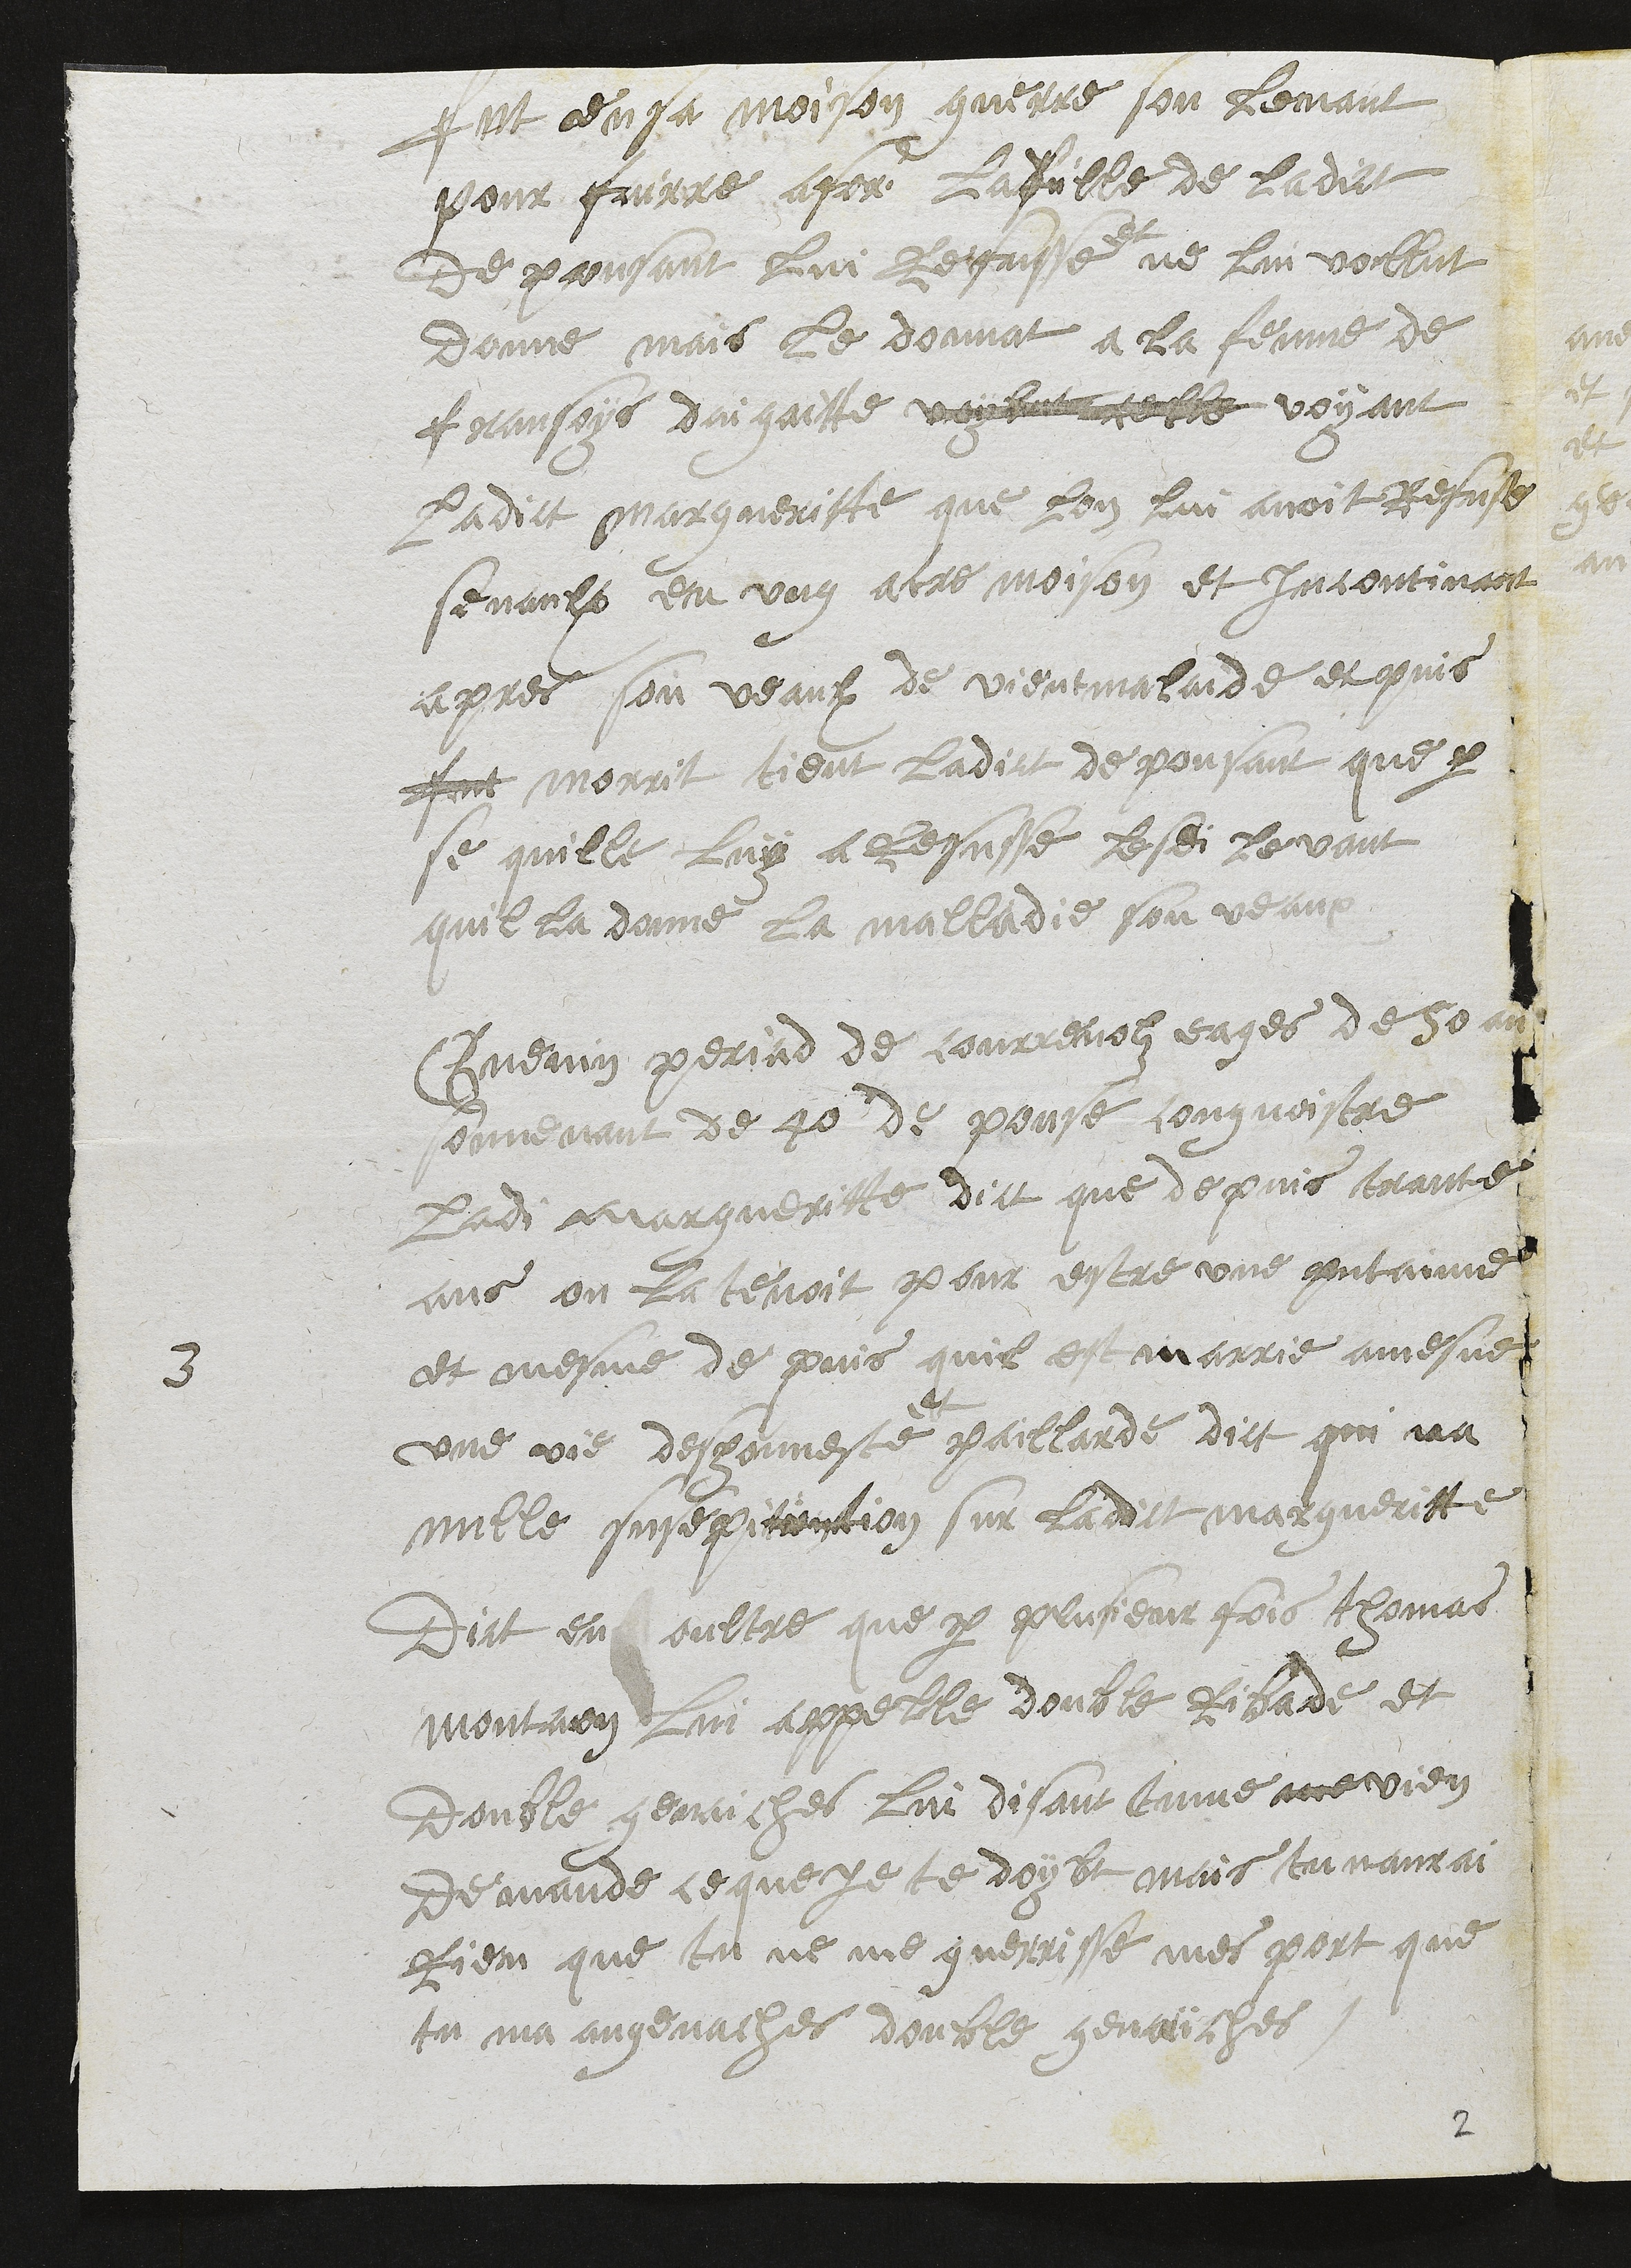
fut en sa moison querre son lemant
pour fairre afer la fille de ladict
depousant lui refusse
et
ne lui vollut
donne mais le donnat a la femme de
fransoys dai gaitte voylut telle voyant
Ladict margueritte que lon lui avoit refuse
se vaulx en ung atre moison et incontinant
apres son veaulx de vient malaide et puis
fut morrit tient ladict depousant que par
se quille luy a lefusse lesdi levant
quil la donne la malladie son veaux
3
Guenin periad de Courrenolz eages de 50 ans
souvenant de 40 de pouse congnoistre
Ladite margueritte dict que depuis trante
ans on la tenoit pour estre une putainne
et mesme de puis quil est marrie a mesne
une vie deshonneste
et
paillarde dict qui na
nulle susepitiontion sur ladict margueritte
Dict en oultre que par plusieur fois thomas
montaon lui appelle double Ribade et
double genaiches lui disant tu me me vien
demande ce que je te doybt mais tu naurai
rien que tu ne me guerrisse mes port que
tu ma angenaches double genaiches
2